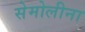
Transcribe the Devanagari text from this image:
सेमोलीना